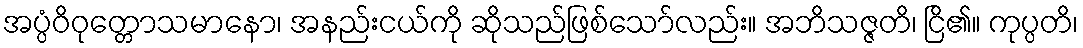
အပ္ပံဝိဝုတ္တောသမာနော၊ အနည်းငယ်ကို ဆိုသည်ဖြစ်သော်လည်း။ အဘိသဇ္ဇတိ၊ ငြိ၏။ ကုပ္ပတိ၊